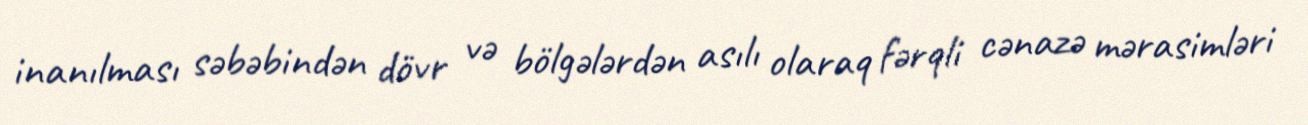
inanılması səbəbindən dövr və bölgələrdən asılı olaraq fərqli cənazə mərasimləri